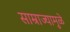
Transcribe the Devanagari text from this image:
साम्राज्यामुळे